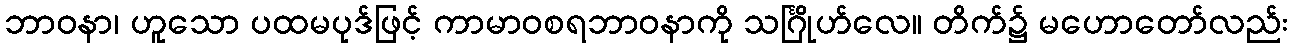
ဘာဝနာ၊ ဟူသော ပထမပုဒ်ဖြင့် ကာမာဝစရဘာဝနာကို သင်္ဂြိုဟ်လေ။ တိက်၌ မဟောတော်လည်း